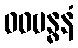
ဝဓဗန္ဓနံ